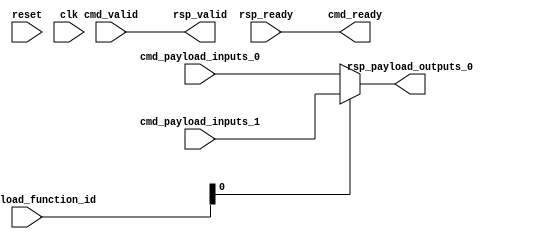
module Cfu (
  input               cmd_valid,
  output              cmd_ready,
  input      [9:0]    cmd_payload_function_id,
  input      [31:0]   cmd_payload_inputs_0,
  input      [31:0]   cmd_payload_inputs_1,
  output              rsp_valid,
  input               rsp_ready,
  output     [31:0]   rsp_payload_outputs_0,
  input               reset,
  input               clk
);
  assign rsp_valid = cmd_valid;
  assign cmd_ready = rsp_ready;
  assign rsp_payload_outputs_0 = cmd_payload_function_id[0] ? 
                                           cmd_payload_inputs_1 :
                                           cmd_payload_inputs_0 ;
endmodule